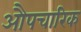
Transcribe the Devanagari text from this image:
औपचारिक